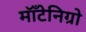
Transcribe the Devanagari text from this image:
मॉँटेनिग्रो